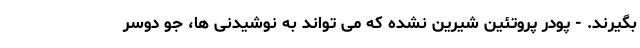
بگیرند. - پودر پروتئین شیرین نشده که می تواند به نوشیدنی ها، جو دوسر